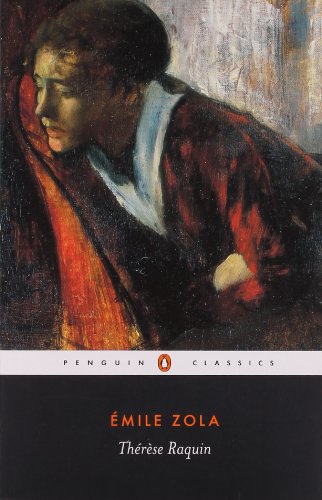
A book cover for Therese Raquin (Penguin Classics); ÃEmile Zola; Literature & Fiction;